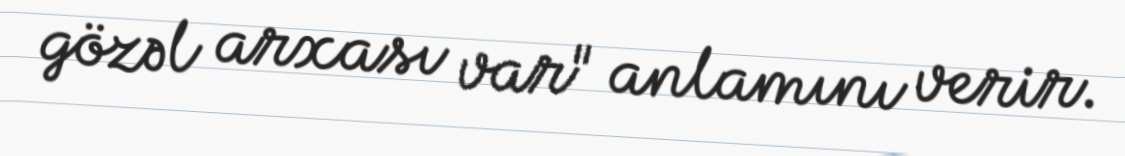
gözəl arxası var" anlamını verir.